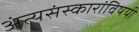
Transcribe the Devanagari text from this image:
अंत्यसंस्कारांविषयी